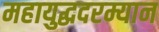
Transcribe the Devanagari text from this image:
महायुद्धदरम्यान